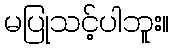
မပြုသင့်ပါဘူး။